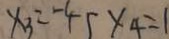
x _ { 3 } = - 4 5 \times 4 = 1